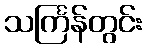
သင်္ကြန်တွင်း